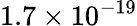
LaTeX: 1.7\times 10^{-19}